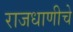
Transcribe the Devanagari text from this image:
राजधाणीचे